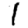
Digit: 1